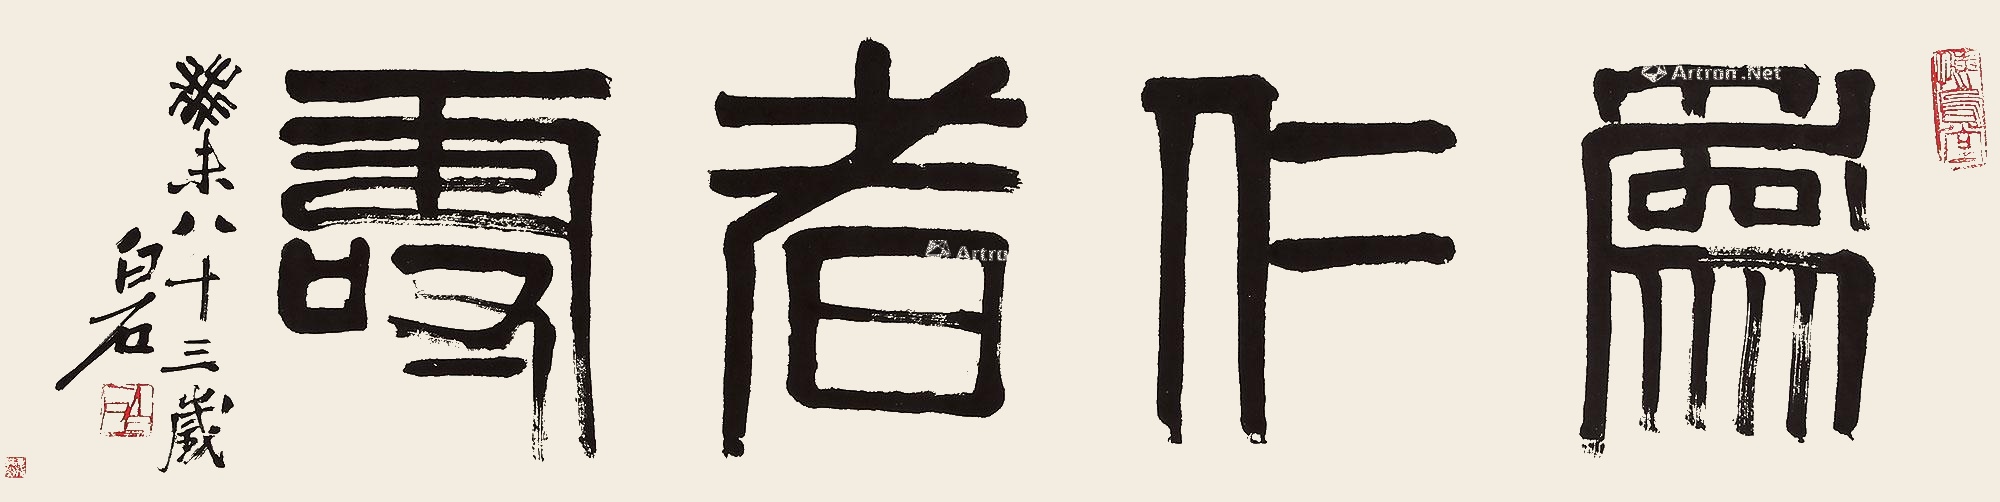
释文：为仁者寿。癸未（1943年）八十三岁，白石。